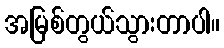
အမြစ်တွယ်သွားတာပါ။